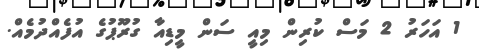
1 އަހަރު 2 މަސް ކުރިން މިއީ ސަން މީޑިއާ ގުރޫޕުގެ އުފެއްދުމެއް.